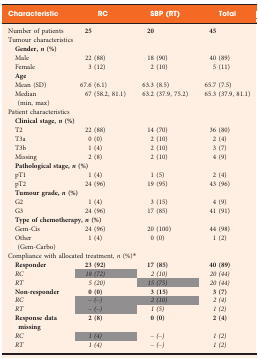
| Characteristic | RC | SBP (RT) | Total |
 | --- | --- | --- | --- |
 | Number of patients | 25 | 20 | 45 |
 | <COLSPAN=4> Tumour characteristics |
 | <COLSPAN=4> Gender, n(%) |
 | Male | 22 (88) | 18 (90) | 40 (89) |
 | Female | 3 (12) | 2 (10) | 5 (11) |
 | <COLSPAN=4> Age |
 | Mean (SD) | 67.6 (6.1) | 63.3 (8.5) | 65.7 (7.5) |
 | Median (min, max) | 67 (58.2, 81.1) | 63.2 (37.9, 75.2) | 65.3 (37.9, 81.1) |
 | <COLSPAN=4> Patient characteristics |
 | <COLSPAN=4> Clinical stage, n(%) |
 | T2 | 22 (88) | 14 (70) | 36 (80) |
 | T3a | 0 (0) | 2 (10) | 2 (4) |
 | T3b | 1 (4) | 2 (10) | 3 (7) |
 | Missing | 2 (8) | 2 (10) | 4 (9) |
 | <COLSPAN=4> Pathological stage, n(%) |
 | pT1 | 1 (4) | 1 (5) | 2 (4) |
 | pT2 | 24 (96) | 19 (95) | 43 (96) |
 | <COLSPAN=4> Tumour grade, n(%) |
 | G2 | 1 (4) | 3 (15) | 4 (9) |
 | G3 | 24 (96) | 17 (85) | 41 (91) |
 | <COLSPAN=4> Type of chemotherapy, n(%) |
 | Gem‐Cis | 24 (96) | 20 (100) | 44 (98) |
 | Other (Gem‐Carbo) | 1 (4) | 0 (0) | 1 (2) |
 | <COLSPAN=4> Compliance with allocated treatment, n (%)* |
 | Responder | 23 (92) | 17 (85) | 40 (89) |
 | RC | 18 (72) | 2 (10) | 20 (44) |
 | RT | 5 (20) | 15 (75) | 20 (44) |
 | Non‐responder | 0 (0) | 3 (15) | 3 (7) |
 | RC | – (–) | 2 (10) | 2 (4) |
 | RT | – (–) | 1 (5) | 1 (2) |
 | Response data missing | 2 (8) | 0 (0) | 2 (4) |
 | RC | 1 (4) | – (–) | 1 (2) |
 | RT | 1 (4) | – (–) | 1 (2) |